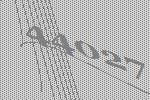
44027